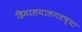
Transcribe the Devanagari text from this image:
हिमालयालगतच्या